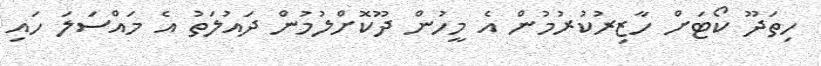
ހިތަދޫ ކޯޓަށް ހާޒިރުކުރުމުން އެ މީހުން ދޫކޮށްލުމުން ދައުލަތު އެ މައްސަލަ ހައި